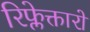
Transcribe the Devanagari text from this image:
रिफ्लेक्तारों